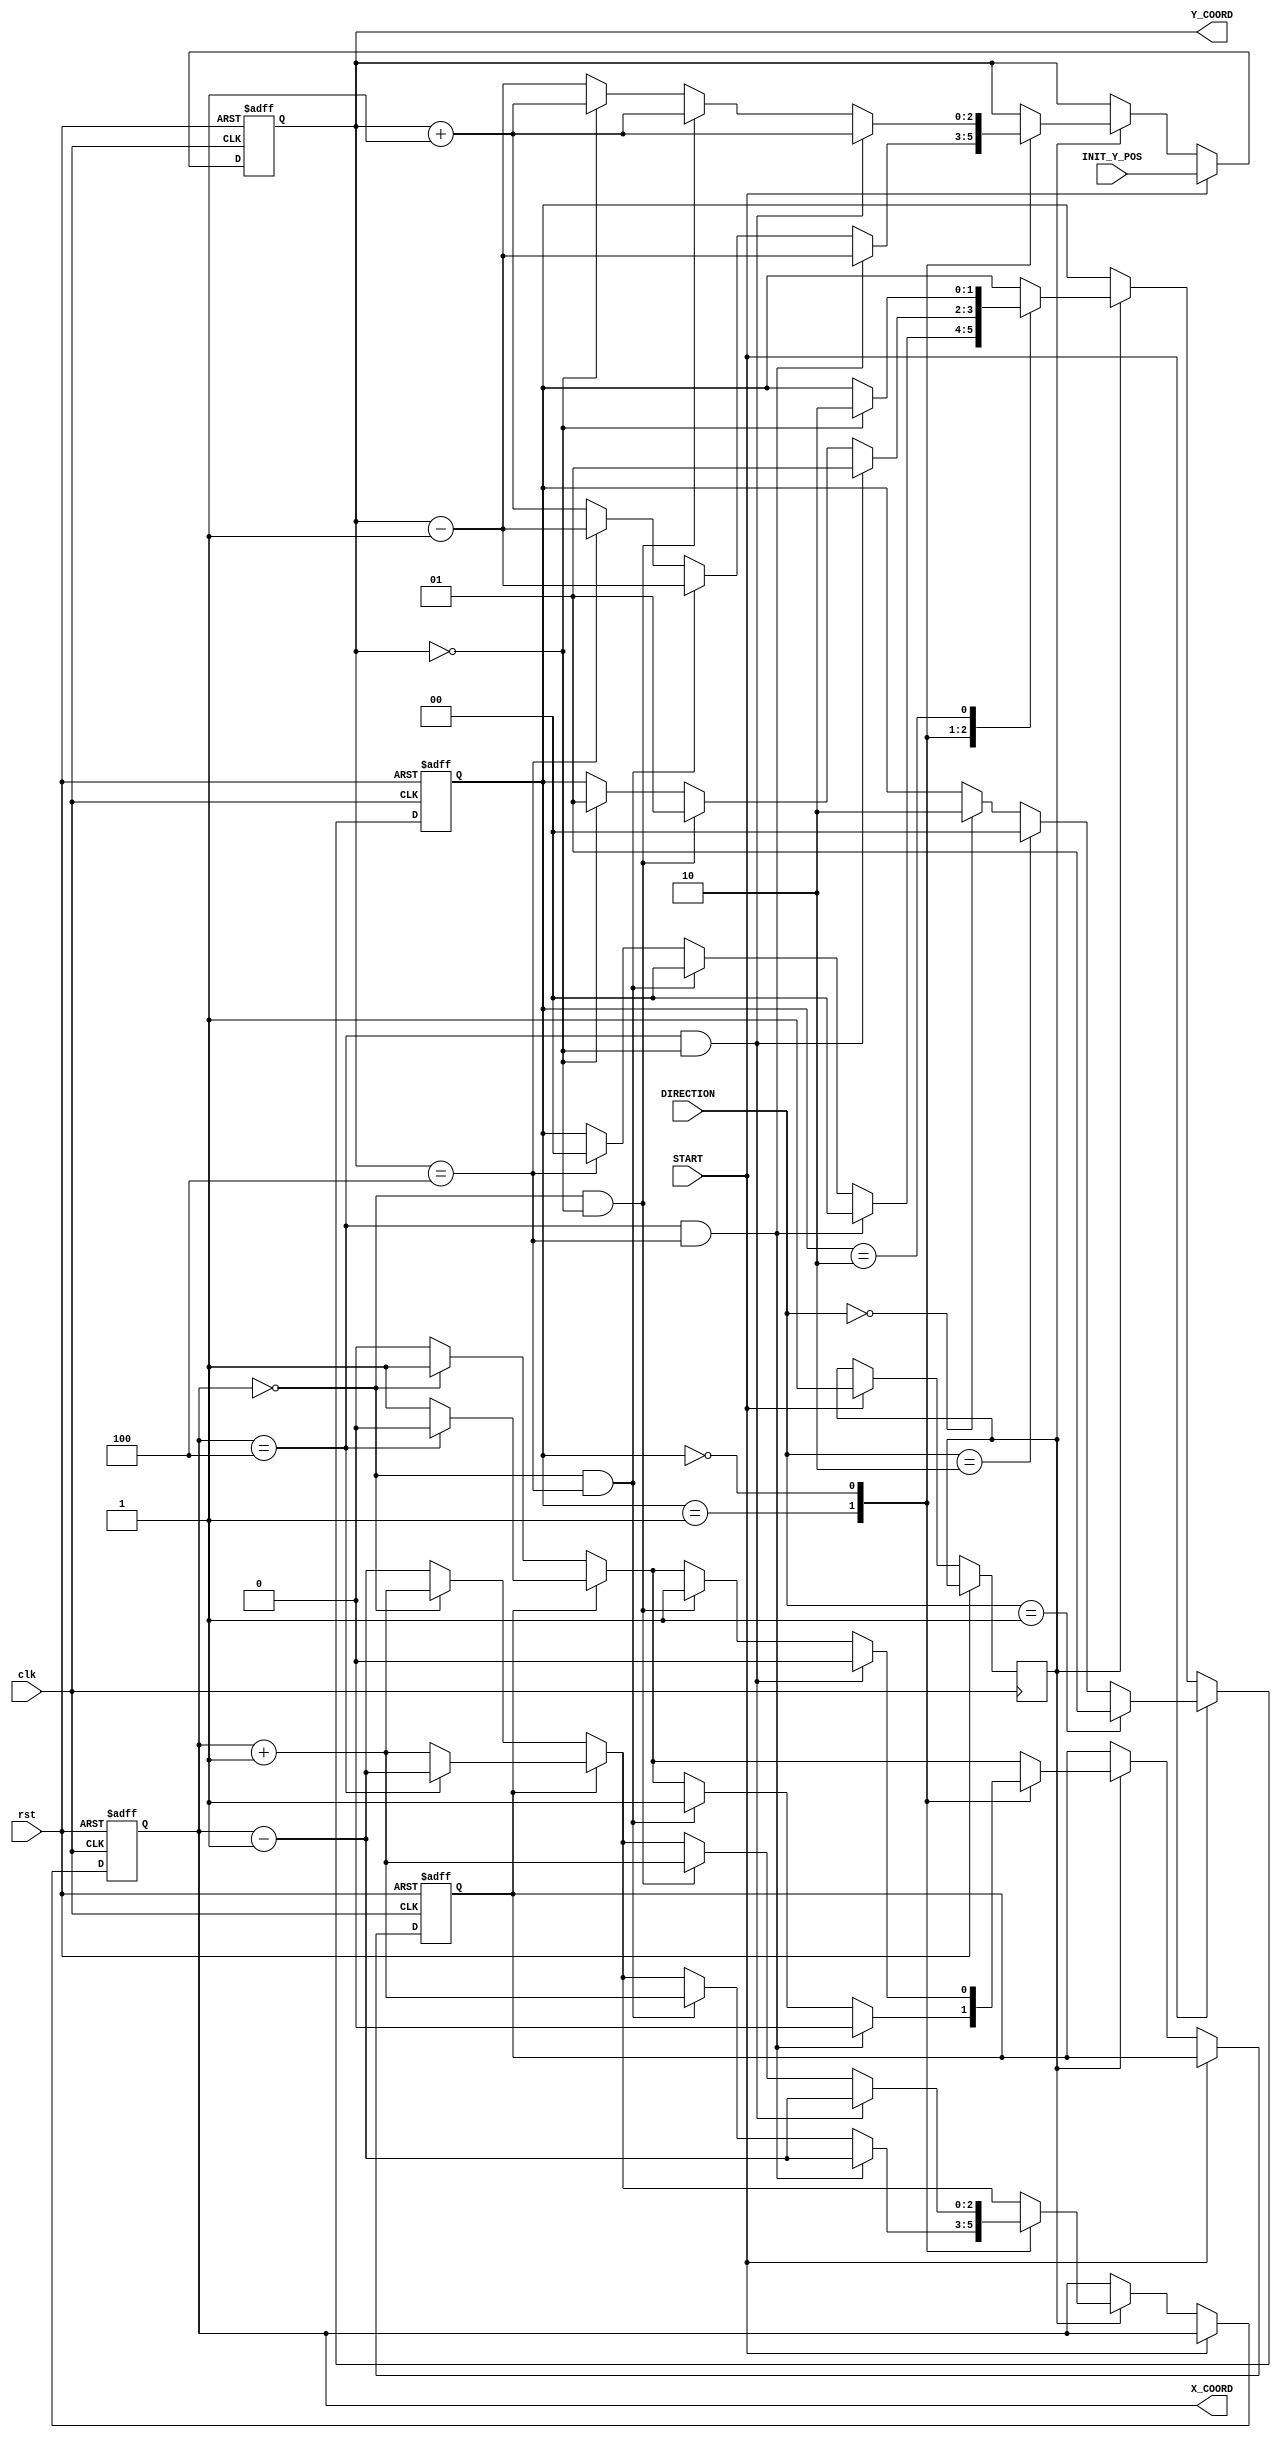

module DigiHockey(
    input clk, 
    input rst,
    input START,
    input [1:0] DIRECTION,
    input [2:0] INIT_Y_POS,
    output reg [2:0] X_COORD,
    output reg [2:0] Y_COORD);

    reg isMovingRight;
    reg [1:0] isMovingUp;

    reg started;
    reg [1:0] direction_reg;

    always @(posedge clk or posedge rst) begin

        if (rst) begin

            Y_COORD <= 0;
            X_COORD <= 0;
            isMovingRight <= 1'b1; // 1 means right
            isMovingUp <= 2'b10;
            direction_reg <= 0;

        end

        else if(START) begin
            Y_COORD <= INIT_Y_POS;
            started <= 1'b1;

            if(DIRECTION == 2'b01) begin
                isMovingUp <= 2'b01;
            end
            else if(DIRECTION == 2'b10) begin
                isMovingUp <= 2'b00;
            end
            else if(DIRECTION == 2'b00) begin
                isMovingUp <= 2'b10;
            end
            
        end

        else begin

            if (started) begin

                if (isMovingRight) begin //starts with moving right

                    if (X_COORD == 4) begin //right wall
                        
                        X_COORD <= X_COORD - 1; 

                        isMovingRight <= 1'b0; // direction is now left
                    end 

                    else begin //if not hit a wall, continue as planned
                        
                        X_COORD <= X_COORD + 1;
                    end
                end
                
                else begin

                    if (X_COORD == 0) begin //left wall
                        
                        X_COORD <= X_COORD + 1;

                        isMovingRight <= 1'b1; // direction is now right

                    end 
                    
                    else begin //if not hit a wall,continue as planned
                        
                        X_COORD <= X_COORD - 1;

                    end

                end

                case(isMovingUp) //for the up movement

                2'b01: begin // up
                    if ((X_COORD == 4 && Y_COORD == 4)) begin //right top 

                        X_COORD <= X_COORD - 1;
                        Y_COORD <= Y_COORD - 1;
                        isMovingUp <= 2'b00; // goes down
                        isMovingRight <= 1'b0; // goes left
    
                    end
                    else if ((X_COORD == 0 && Y_COORD == 4)) begin //left top
                    
                        X_COORD <= X_COORD + 1;
                        Y_COORD <= Y_COORD - 1;
                        isMovingUp <= 2'b00; // goes down
                        isMovingRight <= 1'b1; // goes right
                    end
                    else if (Y_COORD == 4) begin //top wall
                        
                        Y_COORD <= Y_COORD - 1;
                        isMovingUp <= 2'b00; // change direction to down
                        
                    end else

                        Y_COORD <= Y_COORD + 1;
                end

                2'b00: begin // down
                    if ((X_COORD == 4 && Y_COORD == 0)) begin //right bottom
                    
                        X_COORD <= X_COORD - 1;
                        Y_COORD <= Y_COORD + 1;
                        isMovingUp <= 2'b01; // goes up
                        isMovingRight <= 1'b0; // goes left
                    end
                    else if ((X_COORD == 0 && Y_COORD == 0)) begin //left bottom
                    
                        X_COORD <= X_COORD + 1;
                        Y_COORD <= Y_COORD + 1;
                        isMovingUp <= 2'b01; // goes down
                        isMovingRight <= 1'b1; // goes right
                    end
                    else if (Y_COORD == 0) begin //down wall
                        
                        Y_COORD <= Y_COORD + 1;
                        isMovingUp <= 2'b01; // change direction to up

                    end else

                        Y_COORD <= Y_COORD - 1;
                end
                2'b10: begin // down

                    if (Y_COORD == 0) begin //down wall
                        
                        Y_COORD <= Y_COORD ;
                        isMovingUp <= 2'b10; // change direction to up

                    end else

                        Y_COORD <= Y_COORD;
                end

                endcase 
                

                 

                

                

                

            end
            
        end

    end

endmodule